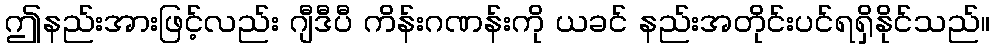
ဤနည်းအားဖြင့်လည်း ဂျီဒီပီ ကိန်းဂဏန်းကို ယခင် နည်းအတိုင်းပင်ရရှိနိုင်သည်။